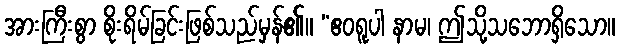
အားကြီးစွာ စိုးရိမ်ခြင်းဖြစ်သည်မှန်၏။ “ဧဝရူပါ နာမ၊ ဤသို့သဘောရှိသော။